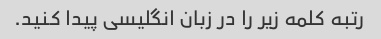
رتبه کلمه زیر را در زبان انگلیسی پیدا کنید.